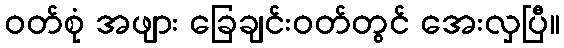
ဝတ်စုံ အဖျား ခြေချင်းဝတ်တွင် အေးလှပြီ။